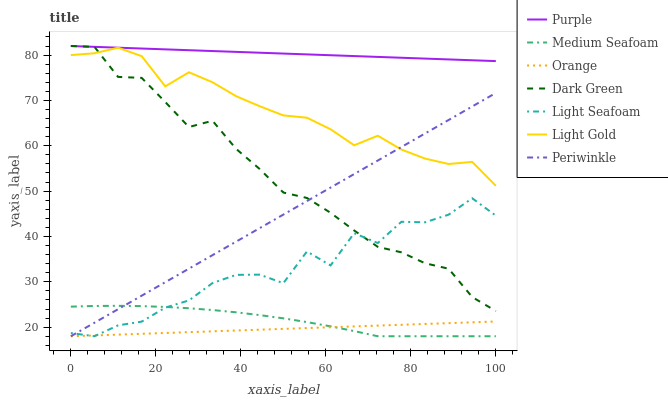
| xaxis_label | Purple | Medium Seafoam | Orange | Dark Green | Light Seafoam | Light Gold | Periwinkle |
 | --- | --- | --- | --- | --- | --- | --- | --- |
 | 0 | 82 | 24.5 | 18 | 82 | 18.7 | 80 | 18 |
 | 5.56 | 81.8 | 24.7 | 18.2 | 81.8 | 18 | 80.4 | 21 |
 | 11.1 | 81.6 | 24.7 | 18.4 | 75.2 | 20.4 | 81.6 | 24 |
 | 16.7 | 81.4 | 24.6 | 18.5 | 75 | 21.2 | 79.8 | 26.9 |
 | 22.2 | 81.3 | 24.5 | 18.7 | 69.6 | 24.3 | 73.1 | 29.9 |
 | 27.8 | 81.1 | 24.2 | 18.9 | 64.1 | 25.9 | 76.2 | 32.9 |
 | 33.3 | 80.9 | 23.8 | 19.1 | 65.5 | 29.7 | 74 | 35.9 |
 | 38.9 | 80.7 | 23.3 | 19.3 | 59.3 | 31.5 | 70.9 | 38.9 |
 | 44.4 | 80.5 | 22.7 | 19.4 | 54.9 | 31.6 | 68.7 | 41.8 |
 | 50 | 80.3 | 21.9 | 19.6 | 49.7 | 29.7 | 66.7 | 44.8 |
 | 55.6 | 80.2 | 21.1 | 19.8 | 48.5 | 36.7 | 66.2 | 47.8 |
 | 61.1 | 80 | 20.2 | 20 | 45.2 | 33.6 | 63.6 | 50.8 |
 | 66.7 | 79.8 | 19.1 | 20.2 | 41.3 | 40.7 | 60.1 | 53.8 |
 | 72.2 | 79.6 | 18 | 20.3 | 37.7 | 38.6 | 62.2 | 56.7 |
 | 77.8 | 79.4 | 18 | 20.5 | 36.5 | 43.2 | 59.2 | 59.7 |
 | 83.3 | 79.2 | 18 | 20.7 | 34.1 | 43.1 | 57.2 | 62.7 |
 | 88.9 | 79 | 18 | 20.9 | 32.9 | 44.8 | 56 | 65.7 |
 | 94.4 | 78.9 | 18 | 21.1 | 26.6 | 48.4 | 56.4 | 68.7 |
 | 100 | 78.7 | 18 | 21.3 | 23.6 | 44.6 | 51.2 | 71.6 |